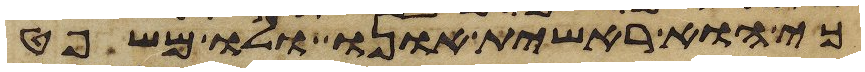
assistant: כי הוא ראשית אונו ולו משפט